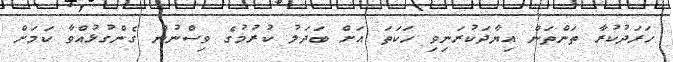
ހަރަދުކުރާ ތަންތަން އިޔާދަކުރަނިވި ހަކަތަ އަށް ބަދަލު ކުރުމުގެ ވިސްނުން ގެންގުޅުއްވާ ކަމަށް